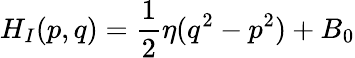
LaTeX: H_{I}(p,q)={\frac{1}{2}}\eta(q^{2}-p^{2})+B_{0}